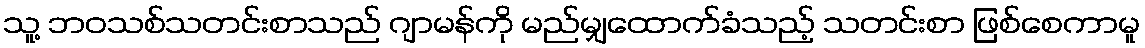
သူ့ ဘဝသစ်သတင်းစာသည် ဂျာမန်ကို မည်မျှထောက်ခံသည့် သတင်းစာ ဖြစ်စေကာမူ